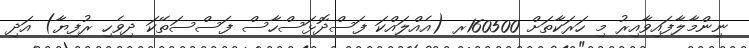
ނިންމާލާފައިވާއިރު މި ހަރަކާތަށް 160500ރ (އެއްލައްކަ ފަސްދޮޅަސްހާސް ފަސްސަތޭކަ ދިވެހި ރުފިޔާ) އަދި